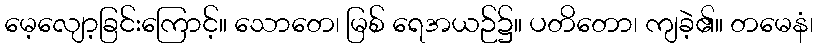
မေ့လျော့ခြင်းကြောင့်။ သောတေ၊ မြစ် ရေအယဉ်၌။ ပတိတော၊ ကျခဲ့၏။ တမေနံ၊